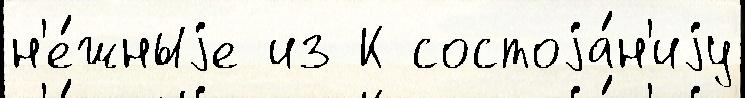
н'е́жныjе из К состоjа́н'иjу